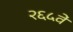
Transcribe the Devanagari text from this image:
२६५वें